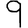
Digit: 9